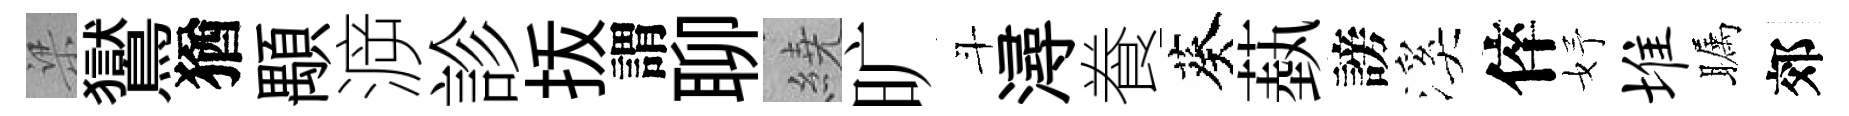
梁鸑猶顒㴑診㧞謂聊繞旷斗潯飬葵蓺謗溪倅妤堆瞩郊